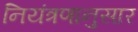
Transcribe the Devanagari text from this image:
नियंत्रणानुसार